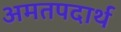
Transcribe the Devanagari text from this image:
अमतपदार्थ